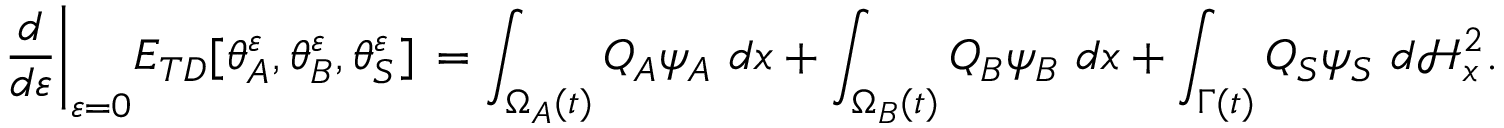
\frac { d } { d \varepsilon } \bigg \vert _ { \varepsilon = 0 } E _ { T D } [ \theta _ { A } ^ { \varepsilon } , \theta _ { B } ^ { \varepsilon } , \theta _ { S } ^ { \varepsilon } ] \, = \int _ { \Omega _ { A } ( t ) } Q _ { A } \psi _ { A } { \ } d x + \int _ { \Omega _ { B } ( t ) } Q _ { B } \psi _ { B } { \ } d x + \int _ { \Gamma ( t ) } Q _ { S } \psi _ { S } { \ } d \mathcal { H } _ { x } ^ { 2 } .